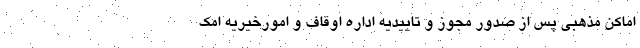
اماکن مذهبی پس از صدور مجوز و تاییدیه اداره اوقاف و امورخیریه امک